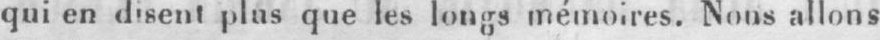
qui en disent plus que les longs mémoires. Nous allons